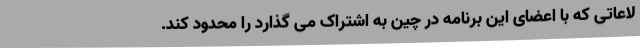
لاعاتی که با اعضای این برنامه در چین به اشتراک می گذارد را محدود کند.